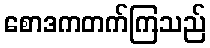
စောဒကတက်ကြသည်